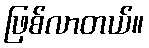
ဖြစ်လာတယ်။